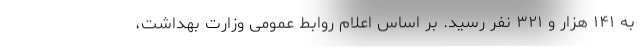
به ۱۴۱ هزار و ۳۲۱ نفر رسید. بر اساس اعلام روابط عمومی وزارت بهداشت،